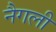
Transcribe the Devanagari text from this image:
नैगली